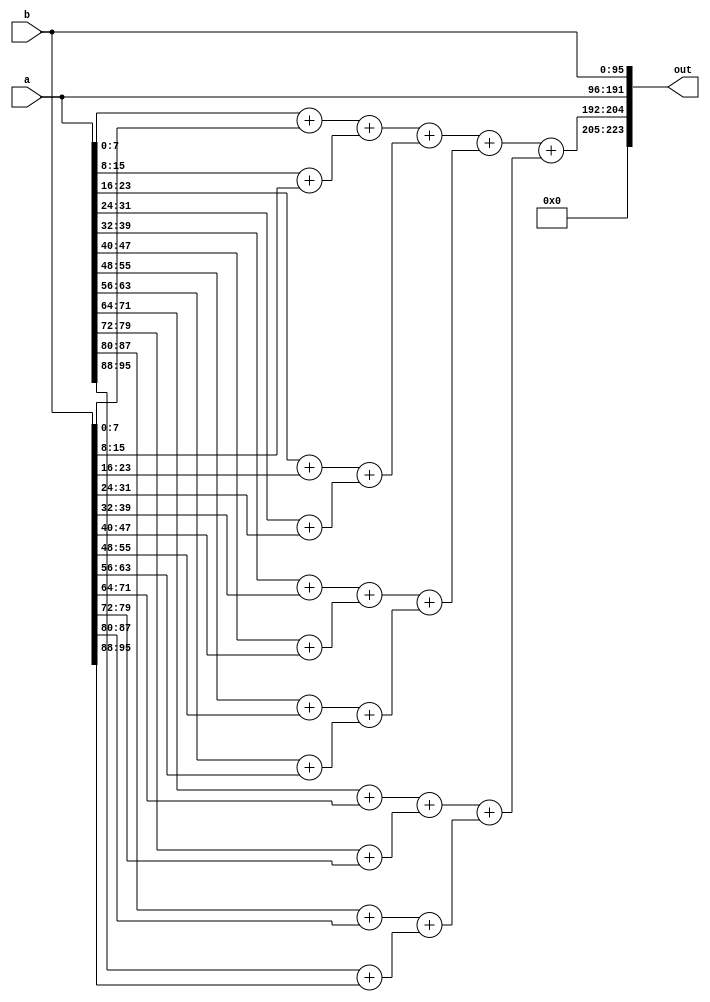
module sum3d(
  input wire [95:0] a,
  input wire [95:0] b,
  output wire [223:0] out
);
  wire [7:0] a_unflattened[0:1][0:2][0:1];
  assign a_unflattened[0][0][0] = a[7:0];
  assign a_unflattened[0][0][1] = a[15:8];
  assign a_unflattened[0][1][0] = a[23:16];
  assign a_unflattened[0][1][1] = a[31:24];
  assign a_unflattened[0][2][0] = a[39:32];
  assign a_unflattened[0][2][1] = a[47:40];
  assign a_unflattened[1][0][0] = a[55:48];
  assign a_unflattened[1][0][1] = a[63:56];
  assign a_unflattened[1][1][0] = a[71:64];
  assign a_unflattened[1][1][1] = a[79:72];
  assign a_unflattened[1][2][0] = a[87:80];
  assign a_unflattened[1][2][1] = a[95:88];
  wire [7:0] b_unflattened[0:1][0:2][0:1];
  assign b_unflattened[0][0][0] = b[7:0];
  assign b_unflattened[0][0][1] = b[15:8];
  assign b_unflattened[0][1][0] = b[23:16];
  assign b_unflattened[0][1][1] = b[31:24];
  assign b_unflattened[0][2][0] = b[39:32];
  assign b_unflattened[0][2][1] = b[47:40];
  assign b_unflattened[1][0][0] = b[55:48];
  assign b_unflattened[1][0][1] = b[63:56];
  assign b_unflattened[1][1][0] = b[71:64];
  assign b_unflattened[1][1][1] = b[79:72];
  assign b_unflattened[1][2][0] = b[87:80];
  assign b_unflattened[1][2][1] = b[95:88];
  wire [8:0] add_2398;
  wire [8:0] add_2400;
  wire [8:0] add_2402;
  wire [8:0] add_2404;
  wire [8:0] add_2406;
  wire [8:0] add_2408;
  wire [8:0] add_2410;
  wire [8:0] add_2412;
  wire [9:0] add_2446;
  wire [9:0] add_2448;
  wire [9:0] add_2450;
  wire [9:0] add_2452;
  wire [8:0] add_2454;
  wire [8:0] add_2456;
  wire [8:0] add_2458;
  wire [8:0] add_2460;
  wire [10:0] add_2470;
  wire [10:0] add_2472;
  wire [9:0] add_2474;
  wire [9:0] add_2476;
  wire [11:0] add_2482;
  wire [10:0] add_2484;
  wire [12:0] add_2488;
  assign add_2398 = {1'h0, a_unflattened[1'h0][2'h0][1'h0]} + {1'h0, b_unflattened[1'h0][2'h0][1'h0]};
  assign add_2400 = {1'h0, a_unflattened[1'h0][2'h0][1'h1]} + {1'h0, b_unflattened[1'h0][2'h0][1'h1]};
  assign add_2402 = {1'h0, a_unflattened[1'h0][2'h1][1'h0]} + {1'h0, b_unflattened[1'h0][2'h1][1'h0]};
  assign add_2404 = {1'h0, a_unflattened[1'h0][2'h1][1'h1]} + {1'h0, b_unflattened[1'h0][2'h1][1'h1]};
  assign add_2406 = {1'h0, a_unflattened[1'h0][2'h2][1'h0]} + {1'h0, b_unflattened[1'h0][2'h2][1'h0]};
  assign add_2408 = {1'h0, a_unflattened[1'h0][2'h2][1'h1]} + {1'h0, b_unflattened[1'h0][2'h2][1'h1]};
  assign add_2410 = {1'h0, a_unflattened[1'h1][2'h0][1'h0]} + {1'h0, b_unflattened[1'h1][2'h0][1'h0]};
  assign add_2412 = {1'h0, a_unflattened[1'h1][2'h0][1'h1]} + {1'h0, b_unflattened[1'h1][2'h0][1'h1]};
  assign add_2446 = {1'h0, add_2398} + {1'h0, add_2400};
  assign add_2448 = {1'h0, add_2402} + {1'h0, add_2404};
  assign add_2450 = {1'h0, add_2406} + {1'h0, add_2408};
  assign add_2452 = {1'h0, add_2410} + {1'h0, add_2412};
  assign add_2454 = {1'h0, a_unflattened[1'h1][2'h1][1'h0]} + {1'h0, b_unflattened[1'h1][2'h1][1'h0]};
  assign add_2456 = {1'h0, a_unflattened[1'h1][2'h1][1'h1]} + {1'h0, b_unflattened[1'h1][2'h1][1'h1]};
  assign add_2458 = {1'h0, a_unflattened[1'h1][2'h2][1'h0]} + {1'h0, b_unflattened[1'h1][2'h2][1'h0]};
  assign add_2460 = {1'h0, a_unflattened[1'h1][2'h2][1'h1]} + {1'h0, b_unflattened[1'h1][2'h2][1'h1]};
  assign add_2470 = {1'h0, add_2446} + {1'h0, add_2448};
  assign add_2472 = {1'h0, add_2450} + {1'h0, add_2452};
  assign add_2474 = {1'h0, add_2454} + {1'h0, add_2456};
  assign add_2476 = {1'h0, add_2458} + {1'h0, add_2460};
  assign add_2482 = {1'h0, add_2470} + {1'h0, add_2472};
  assign add_2484 = {1'h0, add_2474} + {1'h0, add_2476};
  assign add_2488 = {1'h0, add_2482} + {2'h0, add_2484};
  assign out = {{19'h0_0000, add_2488}, {{{a_unflattened[1][2][1], a_unflattened[1][2][0]}, {a_unflattened[1][1][1], a_unflattened[1][1][0]}, {a_unflattened[1][0][1], a_unflattened[1][0][0]}}, {{a_unflattened[0][2][1], a_unflattened[0][2][0]}, {a_unflattened[0][1][1], a_unflattened[0][1][0]}, {a_unflattened[0][0][1], a_unflattened[0][0][0]}}}, {{{b_unflattened[1][2][1], b_unflattened[1][2][0]}, {b_unflattened[1][1][1], b_unflattened[1][1][0]}, {b_unflattened[1][0][1], b_unflattened[1][0][0]}}, {{b_unflattened[0][2][1], b_unflattened[0][2][0]}, {b_unflattened[0][1][1], b_unflattened[0][1][0]}, {b_unflattened[0][0][1], b_unflattened[0][0][0]}}}};
endmodule